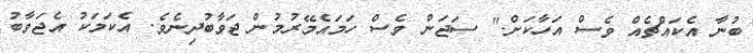
ބުނާ އެކައްޗެއް ވެސް އަހާކަށް." ސަޖަން ވެސް ހަމައެމޭރުމުން ޖަވާބުދިނެވެ. އެކަމަކު އެޖަވާބު